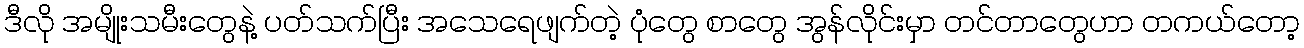
ဒီလို အမျိုးသမီးတွေနဲ့ ပတ်သက်ပြီး အသေရေဖျက်တဲ့ ပုံတွေ စာတွေ အွန်လိုင်းမှာ တင်တာတွေဟာ တကယ်တော့